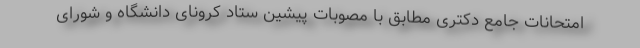
امتحانات جامع دکتری مطابق با مصوبات پیشین ستاد کرونای دانشگاه و شورای